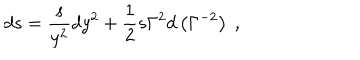
LaTeX: d s = { \frac { s } { y ^ { 2 } } } d y ^ { 2 } + { \frac { 1 } { 2 } } s \Gamma ^ { 2 } d \left( \Gamma ^ { - 2 } \right) \ ,